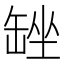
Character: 𮉴